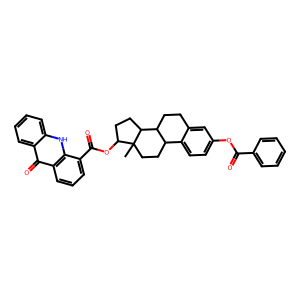
SMILES: CC12CCC3c4ccc(OC(=O)c5ccccc5)cc4CCC3C1CCC2OC(=O)c1cccc2c(=O)c3ccccc3[nH]c12
Inhibits HIV replication: No